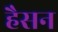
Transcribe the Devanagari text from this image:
हैसन